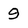
Character: 9